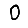
Digit: 0